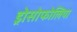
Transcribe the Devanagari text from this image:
ड्रोसोफोलिया